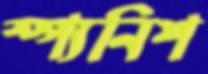
স্প্যনিশ